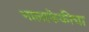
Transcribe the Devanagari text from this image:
भालाफेकीचा